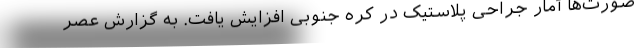
صورت‌ها آمار جراحی پلاستیک در کره جنوبی افزایش یافت. به گزارش عصر